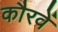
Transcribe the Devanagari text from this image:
कौरवें